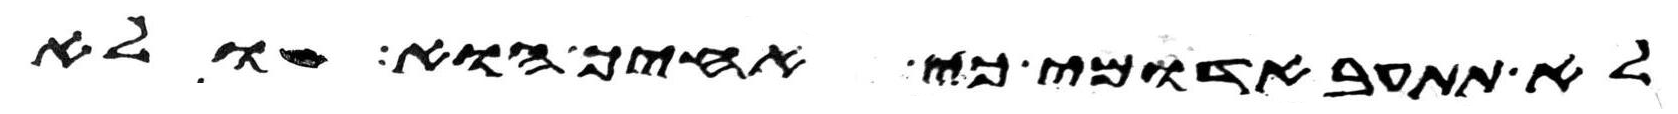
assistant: לא תתעב אדומי כי אחיך הוא ולא